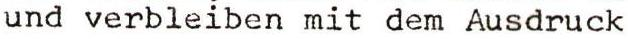
und verbleiben mit dem Ausdruck